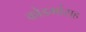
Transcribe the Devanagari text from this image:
कोडर्मासह